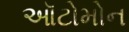
ઑટોમોન